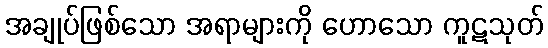
အချုပ်ဖြစ်သော အရာများကို ဟောသော ကူဋသုတ်